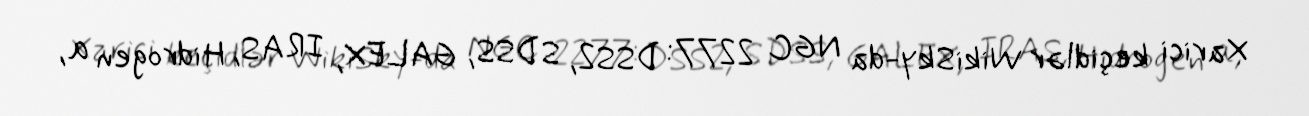
Xarici keçidlər WikiSky-da NGC 2277: DSS2, SDSS, GALEX, IRAS, Hidrogen α,